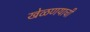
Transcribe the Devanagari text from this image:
खेळणयाची